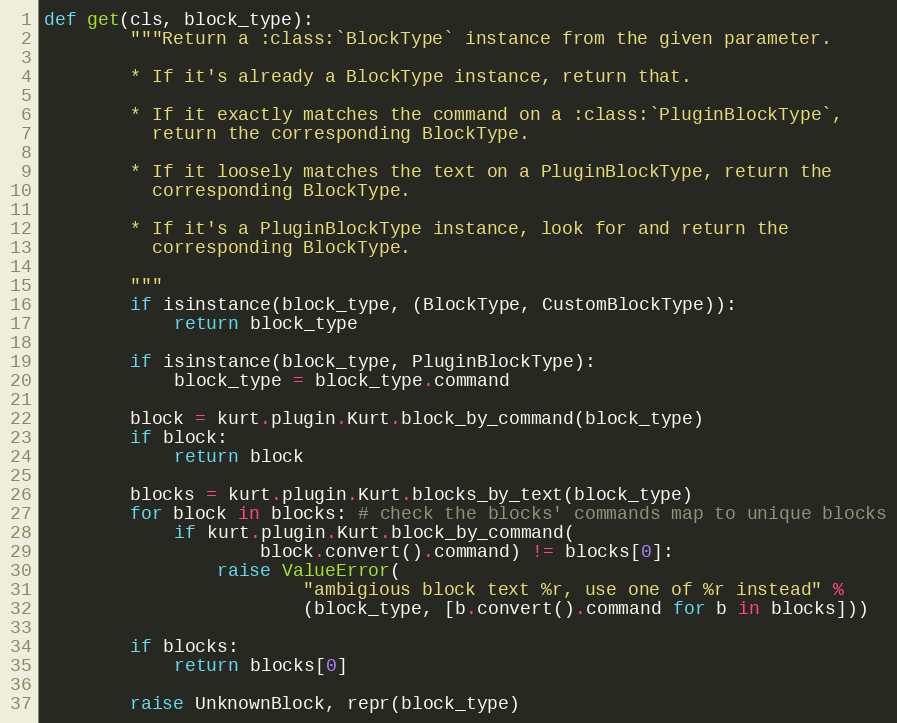
Language: Python
def get(cls, block_type):
        """Return a :class:`BlockType` instance from the given parameter.

        * If it's already a BlockType instance, return that.

        * If it exactly matches the command on a :class:`PluginBlockType`,
          return the corresponding BlockType.

        * If it loosely matches the text on a PluginBlockType, return the
          corresponding BlockType.

        * If it's a PluginBlockType instance, look for and return the
          corresponding BlockType.

        """
        if isinstance(block_type, (BlockType, CustomBlockType)):
            return block_type

        if isinstance(block_type, PluginBlockType):
            block_type = block_type.command

        block = kurt.plugin.Kurt.block_by_command(block_type)
        if block:
            return block

        blocks = kurt.plugin.Kurt.blocks_by_text(block_type)
        for block in blocks: # check the blocks' commands map to unique blocks
            if kurt.plugin.Kurt.block_by_command(
                    block.convert().command) != blocks[0]:
                raise ValueError(
                        "ambigious block text %r, use one of %r instead" %
                        (block_type, [b.convert().command for b in blocks]))

        if blocks:
            return blocks[0]

        raise UnknownBlock, repr(block_type)